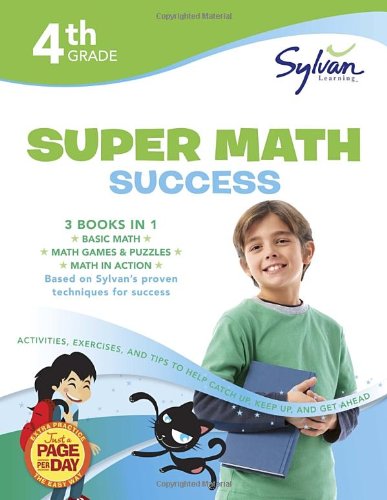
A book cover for Fourth Grade Super Math Success (Sylvan Super Workbooks) (Math Super Workbooks); Sylvan Learning; Children's Books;